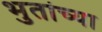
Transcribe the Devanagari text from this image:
भुतांच्या